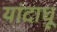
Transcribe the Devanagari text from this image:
यांदाधू